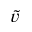
\tilde { v }